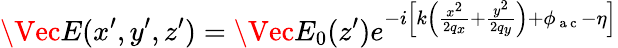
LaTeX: \Vec{E}(x^{\prime},y^{\prime},z^{\prime})=\Vec{E_{0}}(z^{\prime})e^{-i\left[k\left(\frac{x^{2}}{2q_{x}}+\frac{y^{2}}{2q_{y}}\right)+\phi_{\mathrm{~a~c~}}-\eta\right]}